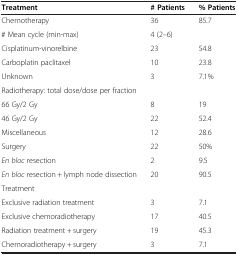
| Treatment | # Patients | % Patients |
 | --- | --- | --- |
 | Chemotherapy | 36 | 85.7 |
 | # Mean cycle (min-max) | <COLSPAN=2> 4 (2–6) |
 | Cisplatinum-vinorelbine | 23 | 54.8 |
 | Carboplatin paclitaxel | 10 | 23.8 |
 | Unknown | 3 | 7.1% |
 | Radiotherapy: total dose/dose per fraction |  |  |
 | 66 Gy/2 Gy | 8 | 19 |
 | 46 Gy/2 Gy | 22 | 52.4 |
 | Miscellaneous | 12 | 28.6 |
 | Surgery | 22 | 50% |
 | En bloc resection | 2 | 9.5 |
 | En bloc resection + lymph node dissection | 20 | 90.5 |
 | Treatment |  |  |
 | Exclusive radiation treatment | 3 | 7.1 |
 | Exclusive chemoradiotherapy | 17 | 40.5 |
 | Radiation treatment + surgery | 19 | 45.3 |
 | Chemoradiotherapy + surgery | 3 | 7.1 |